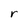
Character: r